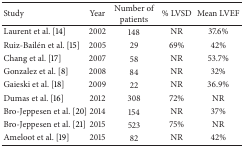
| Study | Year | Number of patients | % LVSD | Mean LVEF |
 | --- | --- | --- | --- | --- |
 | Laurent et al. [14] | 2002 | 148 | NR | 37.6% |
 | Ruiz-Bailén et al. [15] | 2005 | 29 | 69% | 42% |
 | Chang et al. [17] | 2007 | 58 | NR | 53.7% |
 | Gonzalez et al. [8] | 2008 | 84 | NR | 32% |
 | Gaieski et al. [18] | 2009 | 22 | NR | 36.9% |
 | Dumas et al. [16] | 2012 | 308 | 72% | NR |
 | Bro-Jeppesen et al. [20] | 2014 | 154 | NR | 37% |
 | Bro-Jeppesen et al. [21] | 2015 | 523 | 75% | NR |
 | Ameloot et al. [19] | 2015 | 82 | NR | 42% |